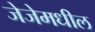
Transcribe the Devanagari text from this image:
जेजेमधील